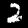
Label: 2